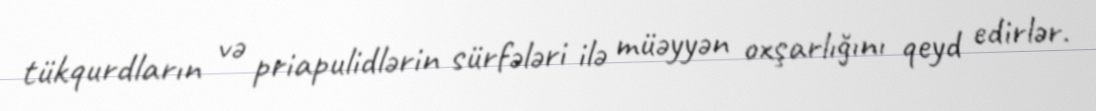
tükqurdların və priapulidlərin sürfələri ilə müəyyən oxşarlığını qeyd edirlər.